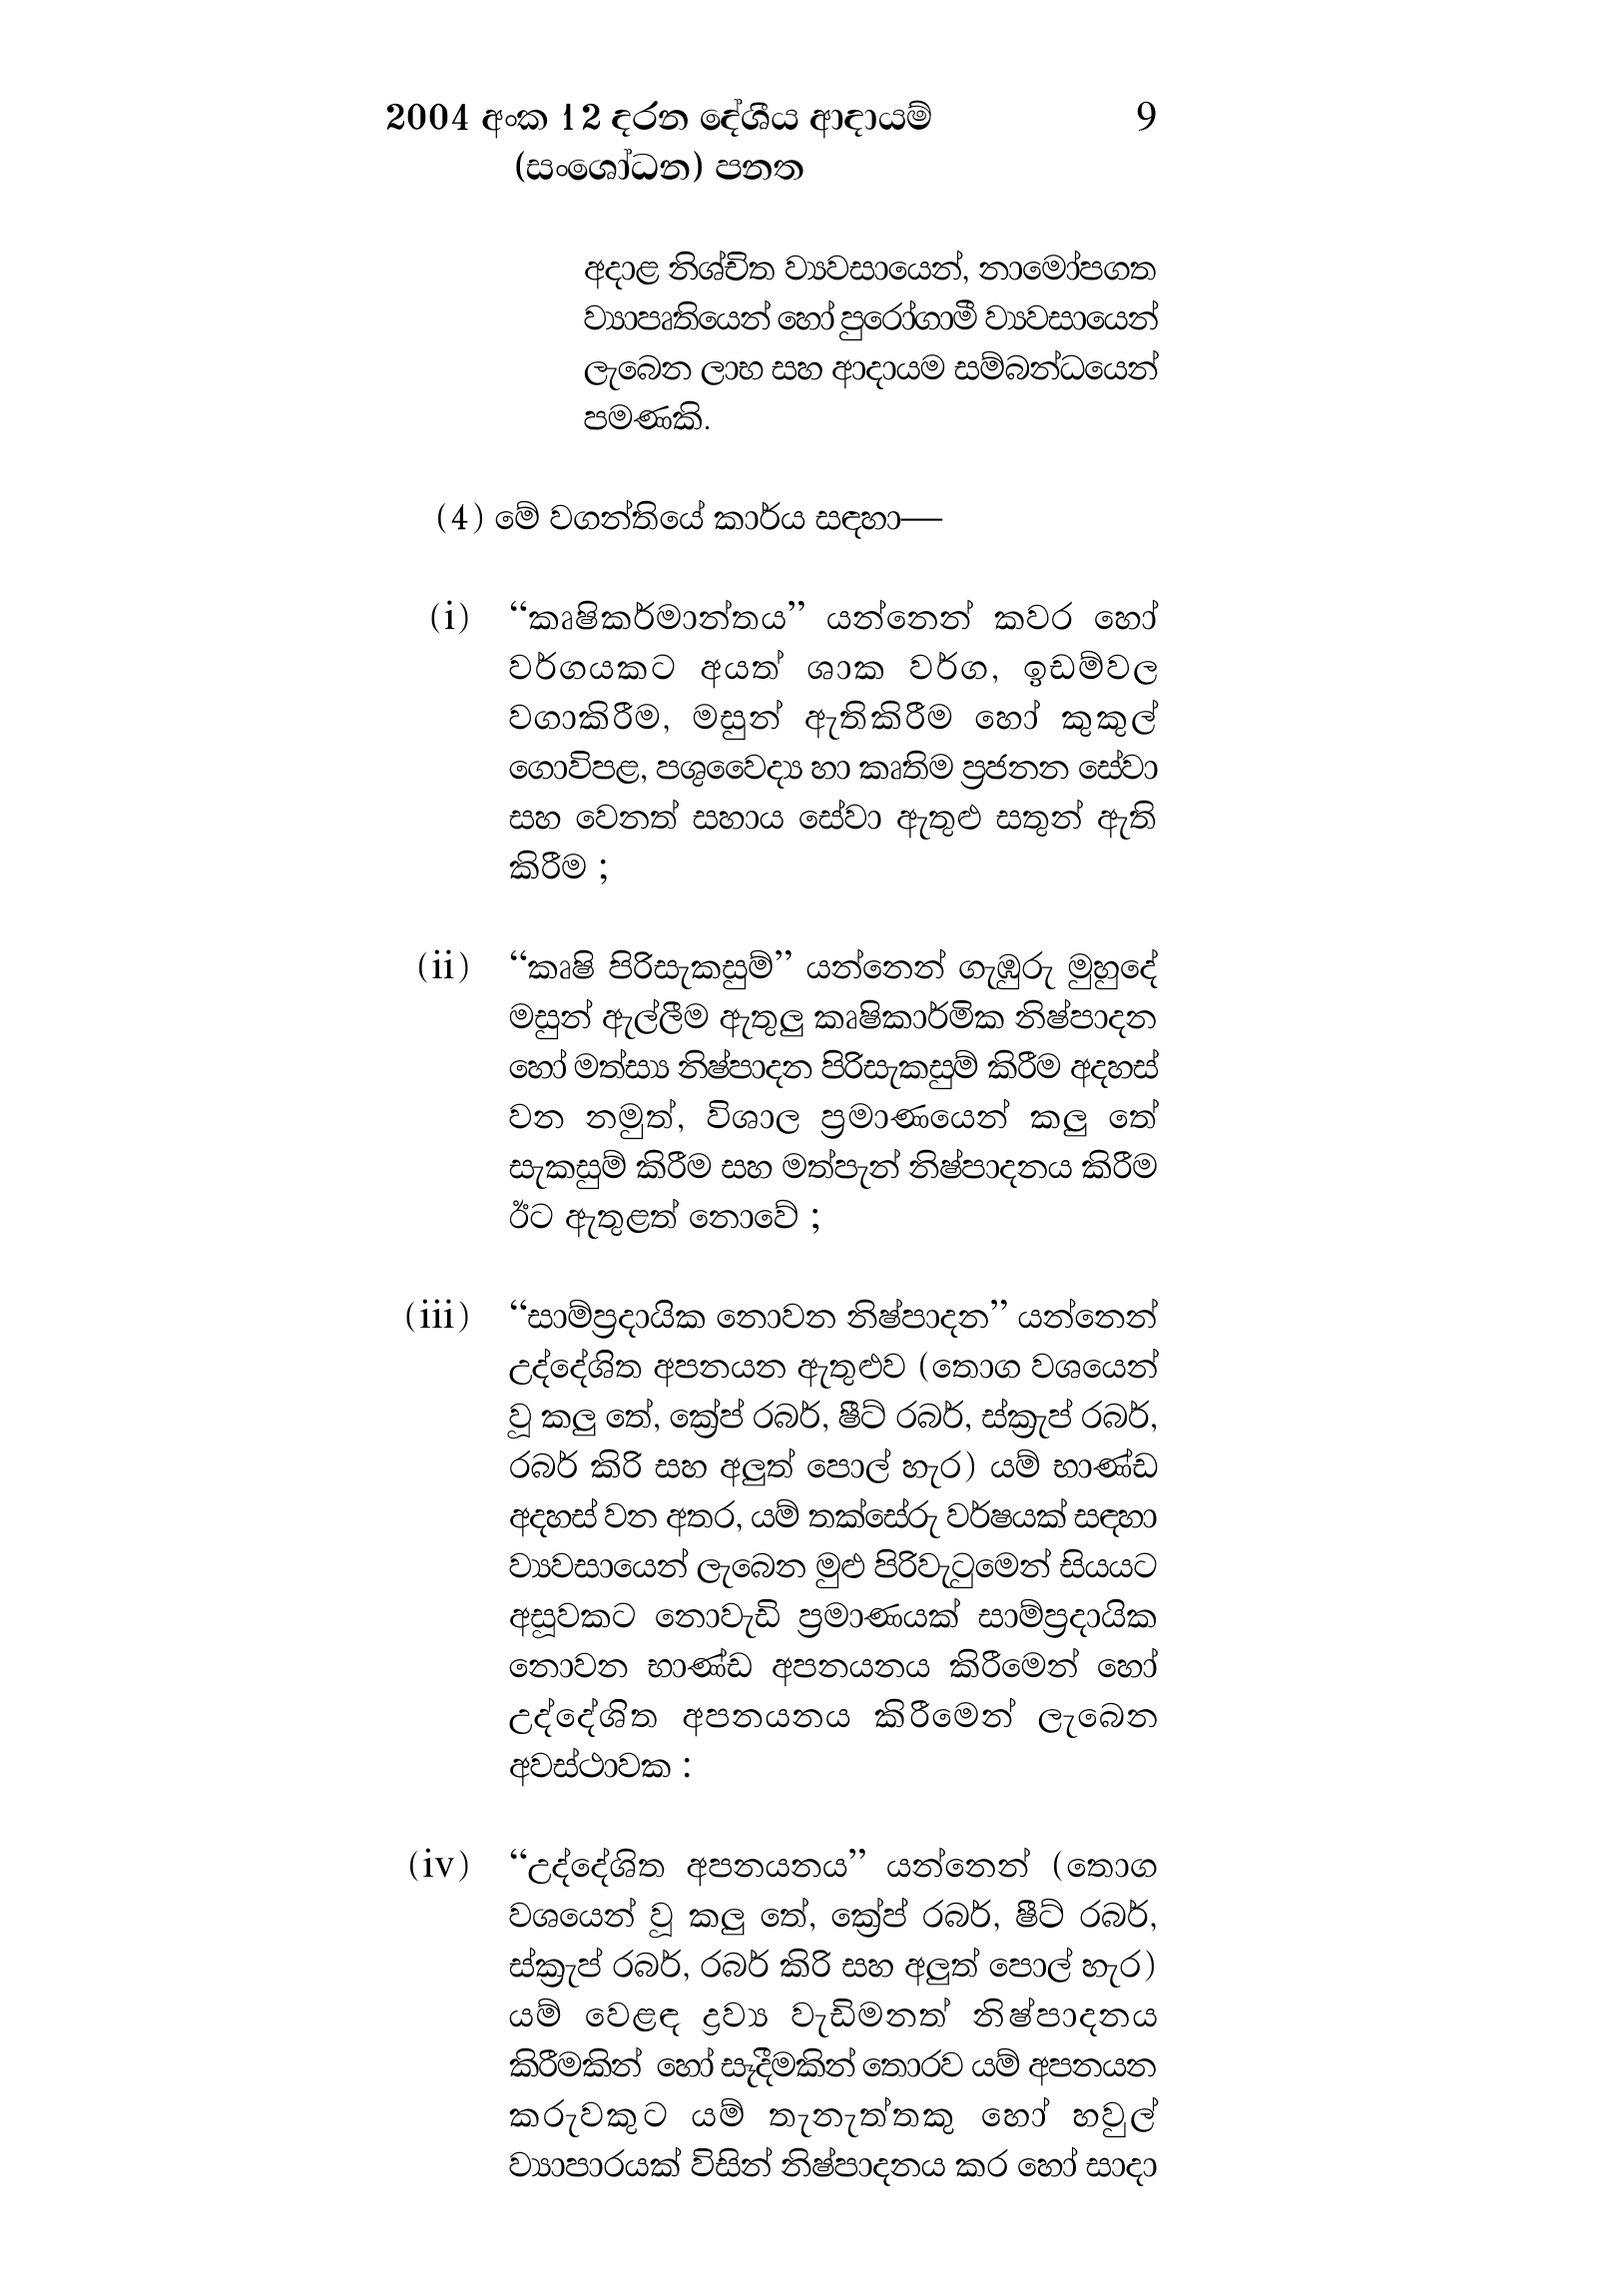
2004 අංක 12 දරන දේශීය ආදායම් 9
(සංශෝධන) පනත

අදාළ නිශ්චිත ව්‍යවසායෙන්, නාමෝපගත
ව්‍යාපෘතියෙන් හෝ පුරෝගාමී ව්‍යවසායෙන්
ලැබෙන ලාභ සහ ආදායම සම්බන්ධයෙන්
පමණකි.

(4) මේ වගන්තියේ කාර්ය සඳහා —

(i) “කෘෂිකර්මාන්තය” යන්නෙන් කවර හෝ
වර්ගයකට අයත් ශාක වර්ග, ඉඩම්වල
වගාකිරීම, මසුන් ඇතිකිරීම හෝ කුකුල්
ගොවිපළ, පශුවෛද්‍ය හා කෘතිම ප්‍රජනන සේවා
සහ වෙනත් සහාය සේවා ඇතුළු සතුන් ඇති
කිරීම ;

(ii) “කෘෂි පිරිසැකසුම්” යන්නෙන් ගැඹුරු මුහුදේ
මසුන් ඇල්ලීම ඇතුලු කෘෂිකාර්මික නිෂ්පාදන
හෝ මත්ස්‍ය නිෂ්පාදන පිරිසැකසුම් කිරීම අදහස්
වන නමුත්, විශාල ප්‍රමාණයෙන් කලු තේ
සැකසුම් කිරීම සහ මත්පැන් නිෂ්පාදනය කිරීම
ඊට ඇතුළත් නොවේ ;

(iii) “සාම්ප්‍රදායික නොවන නිෂ්පාදන” යන්නෙන්
උද්දේශිත අපනයන ඇතුළුව (තොග වශයෙන්
වූ කලු තේ, ක්‍රේප් රබර්, ෂීට් රබර්, ස්කැප් රබර්,
රබර් කිරි සහ අලුත් පොල් හැර) යම් භාණ්ඩ
අදහස් වන අතර, යම් තක්සේරු වර්ෂයක් සඳහා
ව්‍යවසායෙන් ලැබෙන මුළු පිරිවැටුමෙන් සියයට
අසූවකට නොවැඩි ප්‍රමාණයක් සාම්ප්‍රදායික
නොවන භාණ්ඩ අපනයනය කිරීමෙන් හෝ
උද්දේශිත අපනයනය කිරීමෙන් ලැබෙන
අවස්ථාවක :

(iv) “උද්දේශිත අපනයනය” යන්නෙන් (තොග
වශයෙන් වූ කලු තේ, ක්‍රේප් රබර්, ෂීට් රබර්,
ස්කැප් රබර්, රබර් කිරි සහ අලුත් පොල් හැර)
යම් වෙළඳ ද්‍රව්‍ය වැඩිමනත් නිෂ්පාදනය
කිරීමකින් හෝ සෑදීමකින් තොරව යම් අපනයන
කරුවකුට යම් තැනැත්තකු හෝ හවුල්
ව්‍යාපාරයක් විසින් නිෂ්පාදනය කර හෝ සාදා